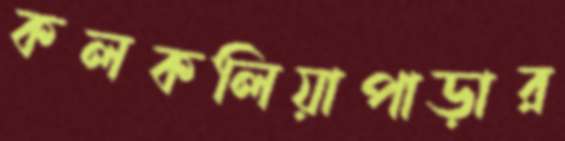
কলকলিয়াপাড়ার